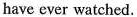
have ever watched.